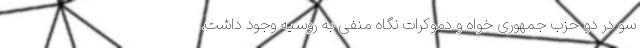
سو در دو حزب جمهوری خواه و دموکرات نگاه منفی به روسیه وجود داشت.